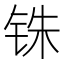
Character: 铢